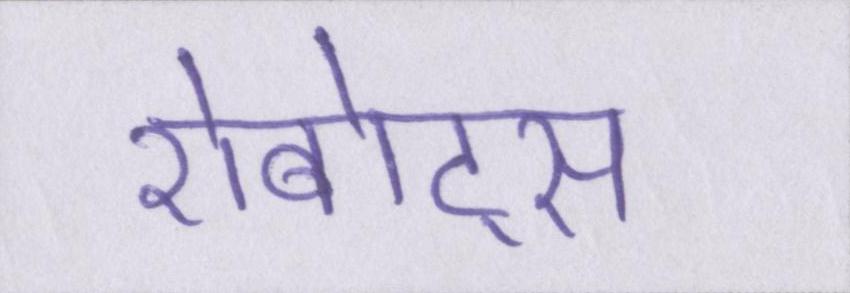
रोबोट्स